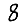
Digit: 8